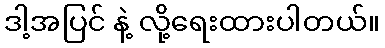
ဒါ့အပြင် နဲ့ လို့ရေးထားပါတယ်။